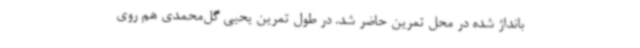
بانداژ شده در محل تمرین حاضر شد. در طول تمرین یحیی گل‌محمدی هم روی